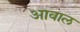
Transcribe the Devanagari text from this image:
आवाल